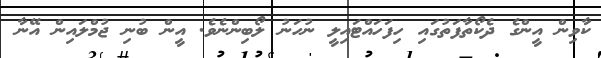
ކާވިން އީންގެ ދެކޯތާފަތުގައި ހިފަހައްޓައިލީ ނުހަނު ލޯބިންނެވެ. އީން ބުނި ޖުމްލައިން އޭނާ